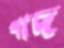
গাদ